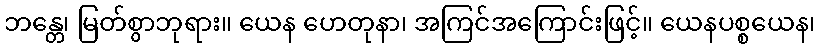
ဘန္တေ၊ မြတ်စွာဘုရား။ ယေန ဟေတုနာ၊ အကြင်အကြောင်းဖြင့်။ ယေနပစ္စယေန၊